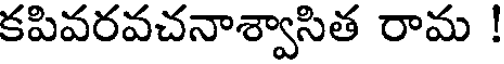
కపివరవచనాశ్వాసిత రామ !